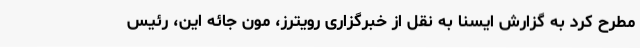
مطرح کرد به گزارش ایسنا به نقل از خبرگزاری رویترز، مون جائه این، رئیس